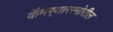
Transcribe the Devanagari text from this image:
कॅमेर्‍यासमोरील